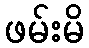
ဖမ်းမိ